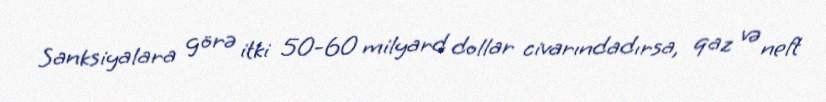
Sanksiyalara görə itki 50-60 milyard dollar civarındadırsa, qaz və neft